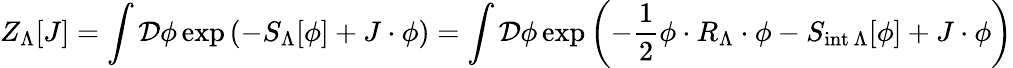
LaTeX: Z_{\Lambda}[J]=\int{\mathcal{D}}\phi\exp\left(-S_{\Lambda}[\phi]+J\cdot\phi\right)=\int{\mathcal{D}}\phi\exp\left(-{\frac{1}{2}}\phi\cdot R_{\Lambda}\cdot\phi-S_{{\mathrm{int}}\, \Lambda}[\phi]+J\cdot\phi\right)